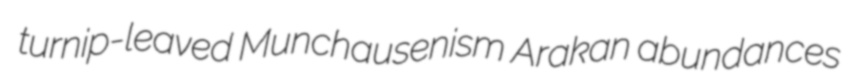
turnip-leaved Munchausenism Arakan abundances